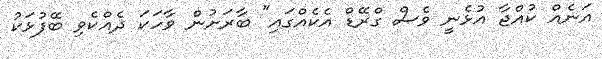
އަނެއް ކުއްޖާ އުޅެނީ ވެސް ގްރޭޑް އެކެއްގައި" ބާރަށުން ވާހަކަ ދެއްކެވި ބޭފުޅަކު